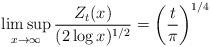
LaTeX: \begin{align*}\limsup_{x\to\infty} \frac{Z_t(x)}{(2\log x)^{1/2}} = \left(\frac{t}{\pi}\right)^{1/4}\qquad\end{align*}